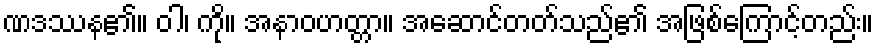
ဏဒဿန၏။ ဝါ၊ ကို။ အနာဝဟတ္တာ။ အဆောင်တတ်သည်၏ အဖြစ်ကြောင့်တည်း။